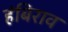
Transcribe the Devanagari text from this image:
हंबिराव